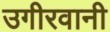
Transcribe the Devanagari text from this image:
उगीरवानी